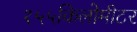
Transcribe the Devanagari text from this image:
१५५किलोमीटर